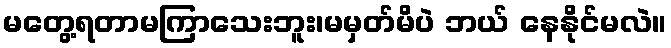
မတွေ့ရတာမကြာသေးဘူး၊မမှတ်မိပဲ ဘယ် နေနိုင်မလဲ။